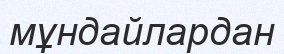
мұндайлардан